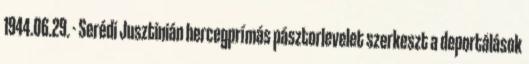
1944.06.29. - Serédi Jusztinián hercegprímás pásztorlevelet szerkeszt a deportálások